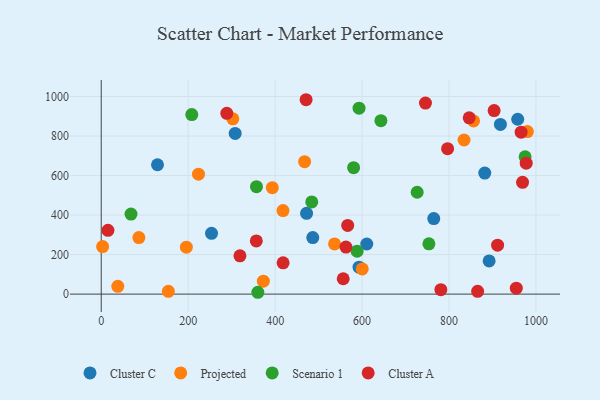
{"axis": {"x": "Investment", "y": "Sales"}, "legend": ["Cluster A", "Cluster C", "Projected", "Scenario 1"], "data": [{"x": "918.2", "y": 858.9, "type": "Cluster C"}, {"x": "308.1", "y": 813.0, "type": "Cluster C"}, {"x": "882.2", "y": 612.6, "type": "Cluster C"}, {"x": "764.9", "y": 382.2, "type": "Cluster C"}, {"x": "472.3", "y": 409.0, "type": "Cluster C"}, {"x": "593.0", "y": 136.2, "type": "Cluster C"}, {"x": "129.4", "y": 654.6, "type": "Cluster C"}, {"x": "958.0", "y": 884.9, "type": "Cluster C"}, {"x": "486.6", "y": 286.1, "type": "Cluster C"}, {"x": "610.8", "y": 253.5, "type": "Cluster C"}, {"x": "892.2", "y": 167.7, "type": "Cluster C"}, {"x": "253.7", "y": 307.5, "type": "Cluster C"}, {"x": "3.2", "y": 240.5, "type": "Projected"}, {"x": "38.1", "y": 39.5, "type": "Projected"}, {"x": "195.8", "y": 237.3, "type": "Projected"}, {"x": "154.4", "y": 14.2, "type": "Projected"}, {"x": "393.5", "y": 538.6, "type": "Projected"}, {"x": "536.7", "y": 254.1, "type": "Projected"}, {"x": "372.9", "y": 65.4, "type": "Projected"}, {"x": "223.7", "y": 606.9, "type": "Projected"}, {"x": "86.6", "y": 286.0, "type": "Projected"}, {"x": "302.7", "y": 886.8, "type": "Projected"}, {"x": "980.2", "y": 822.6, "type": "Projected"}, {"x": "600.4", "y": 127.6, "type": "Projected"}, {"x": "856.5", "y": 876.2, "type": "Projected"}, {"x": "418.1", "y": 422.5, "type": "Projected"}, {"x": "467.8", "y": 670.2, "type": "Projected"}, {"x": "834.5", "y": 779.9, "type": "Projected"}, {"x": "753.7", "y": 254.5, "type": "Scenario 1"}, {"x": "68.5", "y": 405.2, "type": "Scenario 1"}, {"x": "484.2", "y": 466.5, "type": "Scenario 1"}, {"x": "208.3", "y": 908.6, "type": "Scenario 1"}, {"x": "360.2", "y": 9.3, "type": "Scenario 1"}, {"x": "580.5", "y": 640.0, "type": "Scenario 1"}, {"x": "726.7", "y": 515.6, "type": "Scenario 1"}, {"x": "593.0", "y": 940.7, "type": "Scenario 1"}, {"x": "357.1", "y": 543.6, "type": "Scenario 1"}, {"x": "588.6", "y": 217.5, "type": "Scenario 1"}, {"x": "975.0", "y": 694.6, "type": "Scenario 1"}, {"x": "643.3", "y": 877.9, "type": "Scenario 1"}, {"x": "745.8", "y": 966.8, "type": "Cluster A"}, {"x": "566.9", "y": 347.6, "type": "Cluster A"}, {"x": "796.7", "y": 735.8, "type": "Cluster A"}, {"x": "319.1", "y": 193.6, "type": "Cluster A"}, {"x": "418.3", "y": 158.4, "type": "Cluster A"}, {"x": "903.7", "y": 929.0, "type": "Cluster A"}, {"x": "288.8", "y": 915.1, "type": "Cluster A"}, {"x": "954.7", "y": 29.8, "type": "Cluster A"}, {"x": "846.4", "y": 892.2, "type": "Cluster A"}, {"x": "911.7", "y": 247.7, "type": "Cluster A"}, {"x": "969.1", "y": 565.8, "type": "Cluster A"}, {"x": "977.5", "y": 662.5, "type": "Cluster A"}, {"x": "562.9", "y": 238.2, "type": "Cluster A"}, {"x": "556.6", "y": 77.8, "type": "Cluster A"}, {"x": "15.4", "y": 322.7, "type": "Cluster A"}, {"x": "781.2", "y": 22.4, "type": "Cluster A"}, {"x": "965.8", "y": 819.4, "type": "Cluster A"}, {"x": "471.2", "y": 983.7, "type": "Cluster A"}, {"x": "356.7", "y": 269.3, "type": "Cluster A"}, {"x": "865.8", "y": 14.1, "type": "Cluster A"}]}